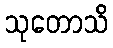
သုတောသိ